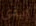
إيدي